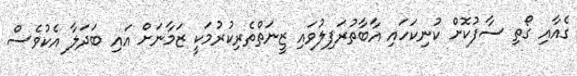
ގެއާއި ގޯތި ސާފުކޮށް ކުނިކަހައި އާބާތުރަފިލުވައި ޒީނަތްތެރިކުރުމަކީ ޒަމާނަށް އައި ބަދަލާ އެކުވެސް